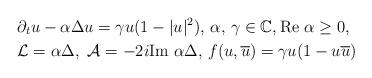
LaTeX: \begin{align*} & \partial_t u - \alpha \Delta u = \gamma u (1 - |u|^2), \, \alpha, \, \gamma \in \mathbb{C}, \mbox{Re }\alpha \geq 0, \\ &\mathcal{L}=\alpha\Delta, \, \, \mathcal{A}= - 2 i \mbox{Im } \alpha \Delta, \, f(u, \overline{u})= \gamma u (1 - u \overline{u})\end{align*}